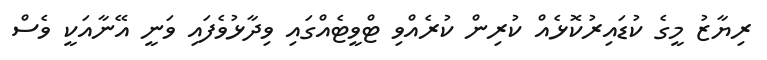
ރިޔާޒު މީގެ ކުޑައިރުކޮޅެއް ކުރިން ކުރެއްވި ޓްވީޓެއްގައި ވިދާޅުވެފައި ވަނީ އޭނާއަކީ ވެސް